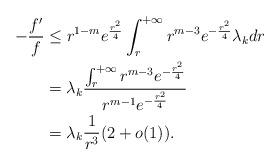
LaTeX: \begin{align*}-\frac{f^{\prime}}{f}&\le r^{1-m}e^{\frac{r^2}{4}}\int^{+\infty}_{r}r^{m-3}e^{-\frac{r^2}{4}}\lambda_kdr \\&=\lambda_k\frac{\int^{+\infty}_{r}r^{m-3}e^{-\frac{r^2}{4}}}{r^{m-1}e^{-\frac{r^2}{4}}}\\&=\lambda_k\frac{1}{r^3}(2+o(1)).\end{align*}